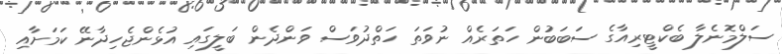
ސަލްމޮނެލާ ބެކްޓީރިއާގެ ސަބަބުން ހަތަރެއް ނުވަތަ ހަތްދުވަސް ވަންދެން ބަލީގައި އުޅެންޖެހިދާނޭ ކަމަށާއި